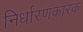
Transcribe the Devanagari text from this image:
निर्धारणकारक